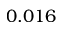
0 . 0 1 6